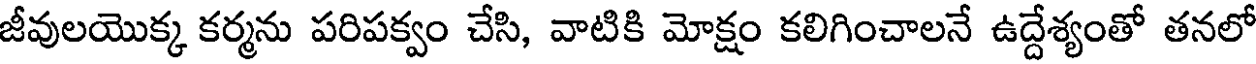
జీవులయొక్క కర్మను పరిపక్వం చేసి, వాటికి మోక్షం కలిగించాలనే ఉద్దేశ్యంతో తనలో